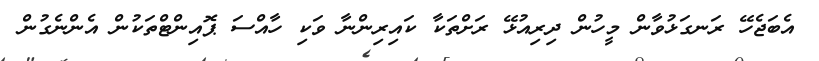
އެބަޖެހޭ ރަނގަޅުވާން މީހުން ދިރިއުޅޭ ރަށްތަކާ ކައިރިންނާ ވަކި ހާއްސަ ޕޮއިންޓްތަކުން އެންނެގުން